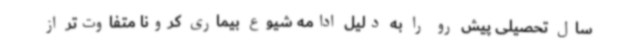
سال تحصیلی پیش رو را به دلیل ادامه شیوع بیماری کرونا متفاوت‌تر از